Vaccine operations Central Provinces & Berar 1922-1929 - 1922-1929
Year: 1922
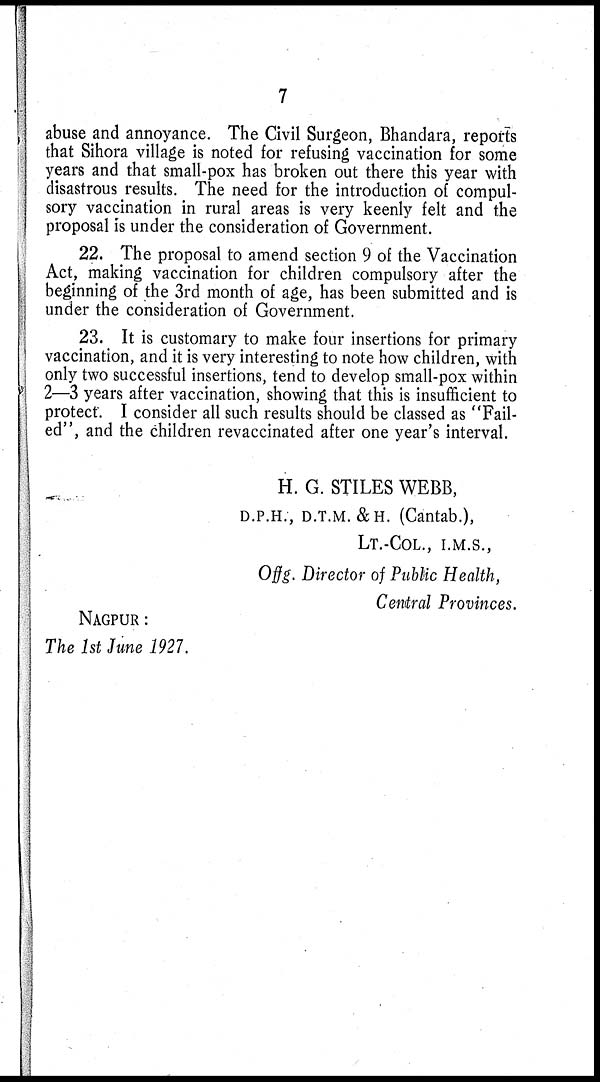
7
abuse and annoyance. The Civil Surgeon, Bhandara, reports
that Sihora village is noted for refusing vaccination for some
years and that small-pox has broken out there this year with
disastrous results. The need for the introduction of compul-
sory vaccination in rural areas is very keenly felt and the
proposal is under the consideration of Government.
22. The proposal to amend section 9 of the Vaccination
Act, making vaccination for children compulsory after the
beginning of the 3rd month of age, has been submitted and is
under the consideration of Government.
23. It is customary to make four insertions for primary
vaccination, and it is very interesting to note how children, with
only two successful insertions, tend to develop small-pox within
2—3 years after vaccination, showing that this is insufficient to
protect. I consider all such results should be classed as "Fail-
ed", and the children revaccinated after one year's interval.
H. G. STILES WEBB,
D.P.H., D.T.M. &H. (Cantab.),
LT.-COL., I.M.S.,
Offg. Director of Public Health,
Central Provinces.
NAGPUR:
The 1st June 1927.